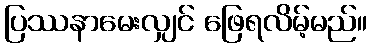
ပြဿနာမေးလျှင် ဖြေရလိမ့်မည်။